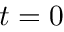
t = 0